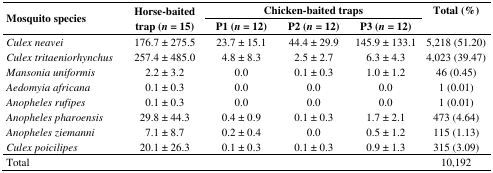
<table><thead><tr><td rowspan="2"><b>Mosquito species</b></td><td rowspan="2"><b>Horse-baited trap (<i>n</i> = 15)</b></td><td colspan="3"><b>Chicken-baited traps</b></td><td rowspan="2"><b>Total (%)</b></td></tr><tr><td><b>P1 (<i>n</i> = 12)</b></td><td><b>P2 (<i>n</i> = 12)</b></td><td><b>P3 (<i>n</i> = 12)</b></td></tr></thead><tbody><tr><td><i>Culex neavei</i></td><td>176.7 ± 275.5</td><td>23.7 ± 15.1</td><td>44.4 ± 29.9</td><td>145.9 ± 133.1</td><td>5,218 (51.20)</td></tr><tr><td><i>Culex tritaeniorhynchus</i></td><td>257.4 ± 485.0</td><td>4.8 ± 8.3</td><td>2.5 ± 2.7</td><td>6.3 ± 4.3</td><td>4,023 (39.47)</td></tr><tr><td><i>Mansonia uniformis</i></td><td>2.2 ± 3.2</td><td>0.0</td><td>0.1 ± 0.3</td><td>1.0 ± 1.2</td><td>46 (0.45)</td></tr><tr><td><i>Aedomyia africana</i></td><td>0.1 ± 0.3</td><td>0.0</td><td>0.0</td><td>0.0</td><td>1 (0.01)</td></tr><tr><td><i>Anopheles rufipes</i></td><td>0.1 ± 0.3</td><td>0.0</td><td>0.0</td><td>0.0</td><td>1 (0.01)</td></tr><tr><td><i>Anopheles pharoensis</i></td><td>29.8 ± 44.3</td><td>0.4 ± 0.9</td><td>0.1 ± 0.3</td><td>1.7 ± 2.1</td><td>473 (4.64)</td></tr><tr><td><i>Anopheles ziemanni</i></td><td>7.1 ± 8.7</td><td>0.2 ± 0.4</td><td>0.0</td><td>0.5 ± 1.2</td><td>115 (1.13)</td></tr><tr><td><i>Culex poicilipes</i></td><td>20.1 ± 26.3</td><td>0.1 ± 0.3</td><td>0.1 ± 0.3</td><td>0.9 ± 1.3</td><td>315 (3.09)</td></tr><tr><td>Total</td><td></td><td></td><td></td><td></td><td>10,192</td></tr></tbody></table>